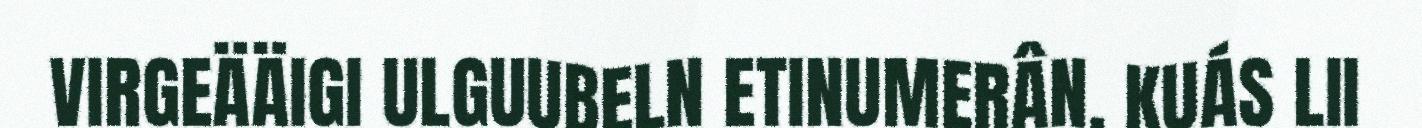
VIRGEÄÄIGI ULGUUBELN ETINUMERÂN. KUÁS LII